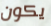
يكون